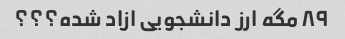
۸۹ مگه ارز دانشجویی ازاد شده؟؟؟